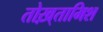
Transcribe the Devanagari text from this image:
तोख़्तामिश